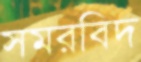
সমরবিদ